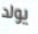
يولد